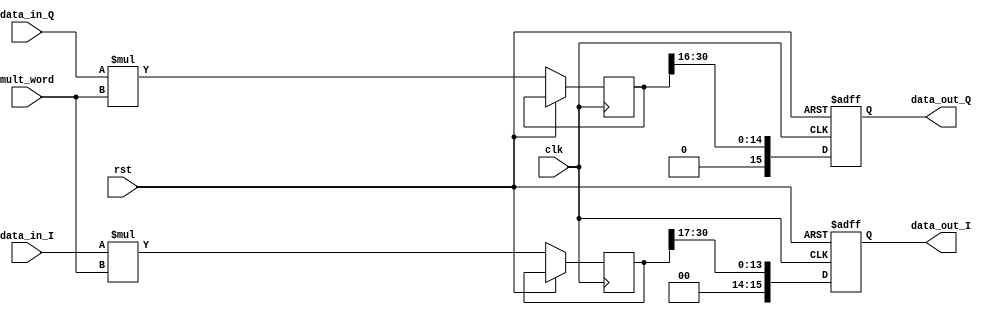


module FixedPointMultiplier (
    input clk,       // Clock signal
    input rst,       // Reset signal
    input signed [15:0] data_in_I, // Input data I
    input signed [15:0] data_in_Q, // Input data Q
    input signed [15:0] mult_word, // Multiplication factor
    output reg signed [15:0] data_out_I, // Output data I
    output reg signed [15:0] data_out_Q // Output data Q
);

reg signed [31:0] product_I, product_Q;

always @(posedge clk or posedge rst)
begin
    if (rst)
       begin
           // Reset outputs
           data_out_I <= 16'b0;
           data_out_Q <= 16'b0;
       end 
       
       else 
       begin
       
        // Perform fixed-point multiplication
        product_I <= data_in_I * mult_word;
        product_Q <= data_in_Q * mult_word;
        // Truncate to 16 bits and preserve sign
        data_out_I <= product_I[30-:15] >> 1;
        data_out_Q <= product_Q[30:15] >> 1;
    end
end

endmodule